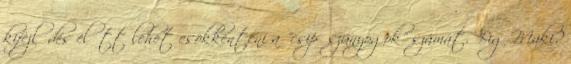
kifejlődés előtt lehet csökkenteni a "csipőszúnyogok" számát. Big Maki?